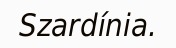
Szardínia.